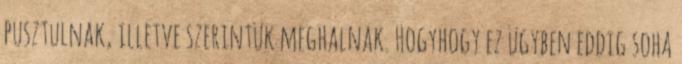
pusztulnak, illetve szerintük meghalnak. Hogyhogy ez ügyben eddig soha